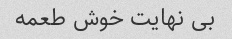
بی نهایت خوش طعمه